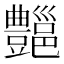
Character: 𰶣